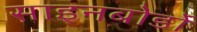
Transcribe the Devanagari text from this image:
साइनबोर्डों